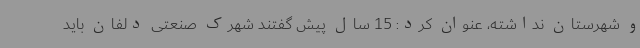
و شهرستان نداشته، عنوان کرد: 15 سال پیش گفتند شهرک صنعتی دلفان باید